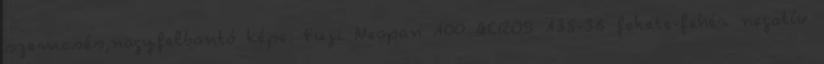
szemcsés,nagyfelbontó képe. Fuji Neopan 100 ACROS 135-36 fekete-fehér negatív